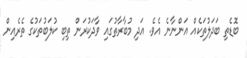
ބޮޑެތި ބަދަލުތަކެއް އަންނާނެ އެވެ. އަދި މުބާރާތުގައި ވާދަކުރަން ތިބި ކުލަބުތަކުގެ ތެރެއިން